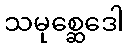
သမုစ္ဆေဒေါ